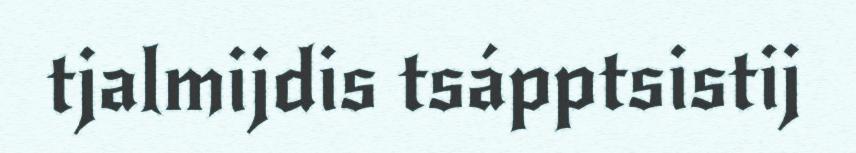
tjalmijdis tsápptsistij